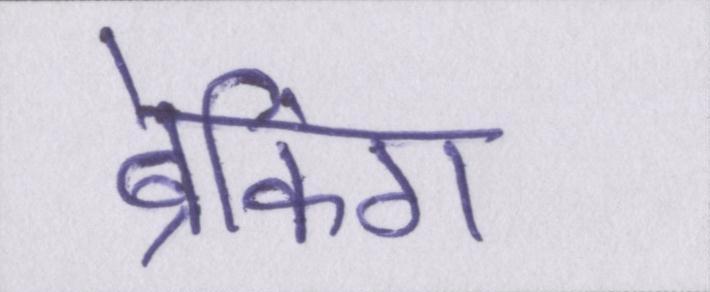
ब्रेकिंग